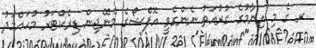
ރ ގެ މި އިނާމުގެ ގުރުއަތު ނެންގެވީ އޮފްޝޯގެ މެނޭޖިން ޑިރެކްޓަރު މުހައްމަދު